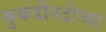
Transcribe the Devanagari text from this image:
कुकडीनदीच्या